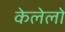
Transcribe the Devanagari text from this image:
केलेलो